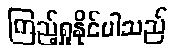
ကြည့်ရှုနိုင်ပါသည်